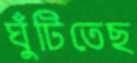
ঘুঁটিতেছ